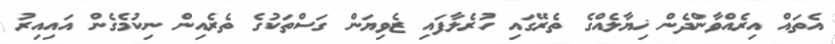
އެތައް އިރެއްވާންދެން ޚިޔާލެއްގެ ތެރޭގައި ހުރެލާފައި ޒެވިޔަން ގަސްތަކުގެ ތެރެއިން ނިކުމެގެން އައިއިރު